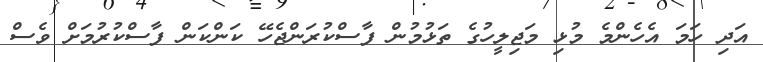
އަދި ހަމަ އެހެންމެ މުޅި މަޖިލީހުގެ ތަޅުމުން ފާސްކުރަންޖެހޭ ކަންކަން ފާސްކުރުމަށް ވެސް